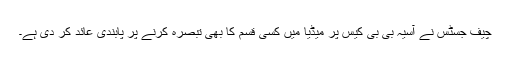
چیف جسٹس نے آسیہ بی بی کیس پر میڈیا میں کسی قسم کا بھی تبصرہ کرنے پر پابندی عائد کر دی ہے۔